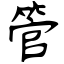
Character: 管